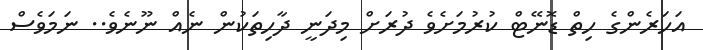
އަހަރެންގެ ހިތް ޑޮނޭޓް ކުރުމަށެވެ ދުރަށް މިދަނީ ދާހިތަކުން ނެއް ނޫނެވެ.. ނަމަވެސް